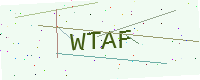
Text: WTAF